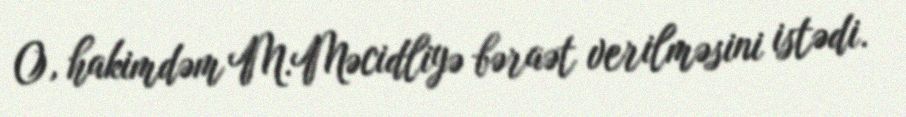
O, hakimdəm M.Məcidliyə bəraət verilməsini istədi.